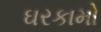
ઘરકામો